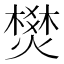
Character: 燓